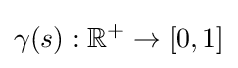
\gamma (s):\mathbb {R} ^{+}\to [0,1]